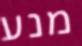
מנע